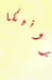
فيرونيكا